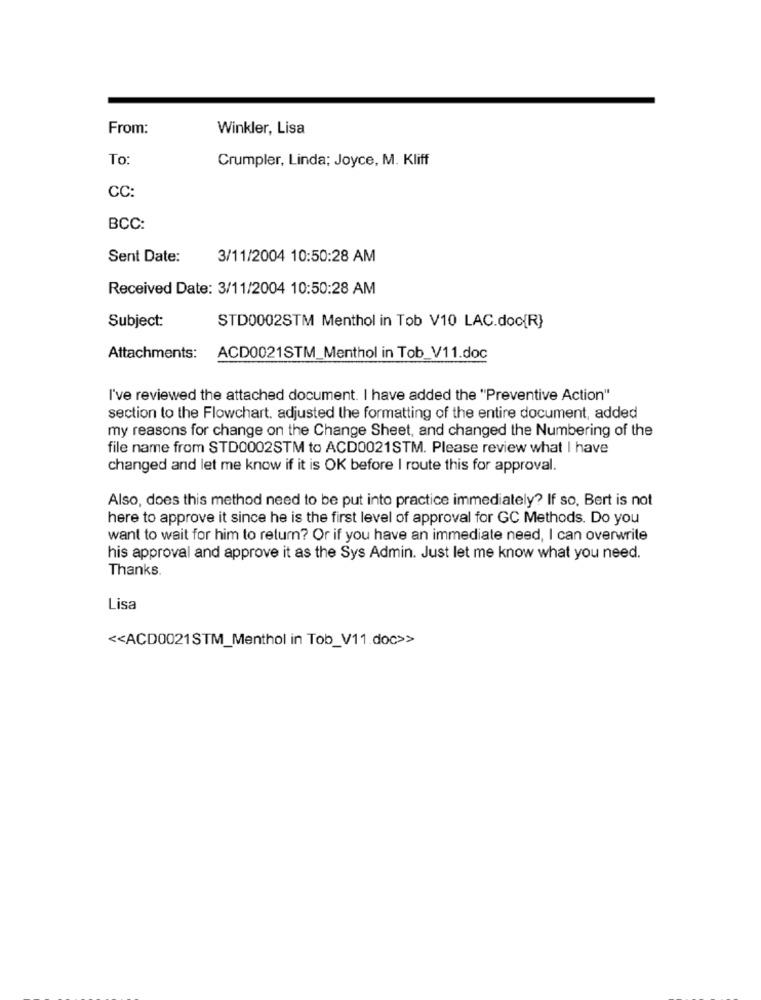
From:
Winkler, Lisa
To
Crumpler, Linda; Joyce, M. Kliff
CC:
BCC:
Sent Date:
3/11/2004 10:50:28 AM
Received Date: 3/11/2004 10:50:28 AM
Subject:
STD0002STM Menthol in Tob V10 LAC.doc{R}
Attachments: ACD0021STM_Menthol in Tob_V11.doc
I've reviewed the attached document. I have added the "Preventive Action"
section to the Flowchart. adjusted the formatting of the entire document, added
my reasons for change on the Change Sheet, and changed the Numbering of the
file name from STD0002STM to ACD0021STM. Please review what I have
changed and let me know if it is OK before I route this for approval.
Also, does this method need to be put into practice immediately? If so, Bert is not
here to approve it since he is the first level of approval for GC Methods. Do you
want to wait for him to return? Or if you have an immediate need, I can overwrite
his approval and approve it as the Sys Admin. Just let me know what you need.
Thanks.
Lisa
<< ACD0021STM_Menthol in Tob_V11.doc>>